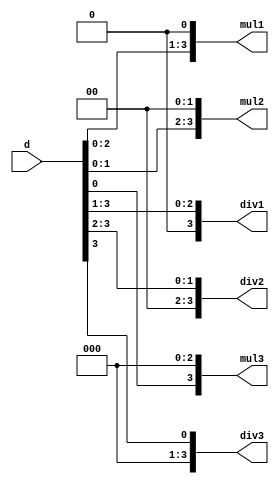
module shift (d, mul1, mul2, mul3, div1, div2, div3);
  input [3:0] d;
  output [3:0] mul1, mul2, mul3, div1, div2, div3;

  parameter b1 = 1;
  parameter b2 = 2;
  parameter b3 = 3;

  assign mul1 = d << b1;
  assign mul2 = d << b2;
  assign mul3 = d << b3;
  assign div1 = (d >> b1);
  assign div2 = (d >> b2);
  assign div3 = (d >> b3);

endmodule // shift